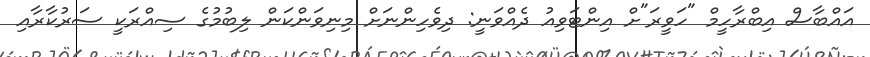
އައްބާސް އިބްރާހީމް "ހަވީރަ"ށް އިންޓަވިއު ދެއްވަނީ: ދިވެހިންނަށް މިނިވަންކަން ލިބުމުގެ ސިއްރަކީ ސަރުކާރާއި